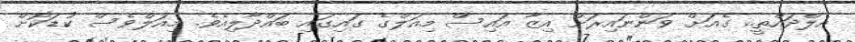
އެލްދައްތީ.. ގެއަށް ވަންނައިރަށް އިޒާ އައިސް މިއަލްގެ ގައިގައި ބައްދާލިއެވެ. މިއަލްވެސް ކުޑަކޮށް